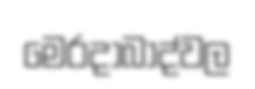
මෙරදාබාද්වල